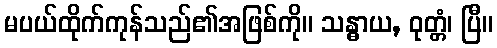
မပယ်ထိုက်ကုန်သည်၏အဖြစ်ကို။ သန္ဓာယ, ဝုတ္တံ၊ ပြီ။